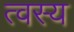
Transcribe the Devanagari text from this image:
त्वस्य